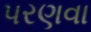
પરણવા